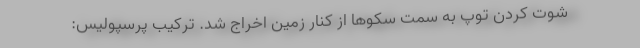
شوت کردن توپ به سمت سکوها از کنار زمین اخراج شد. ‌ترکیب پرسپولیس: